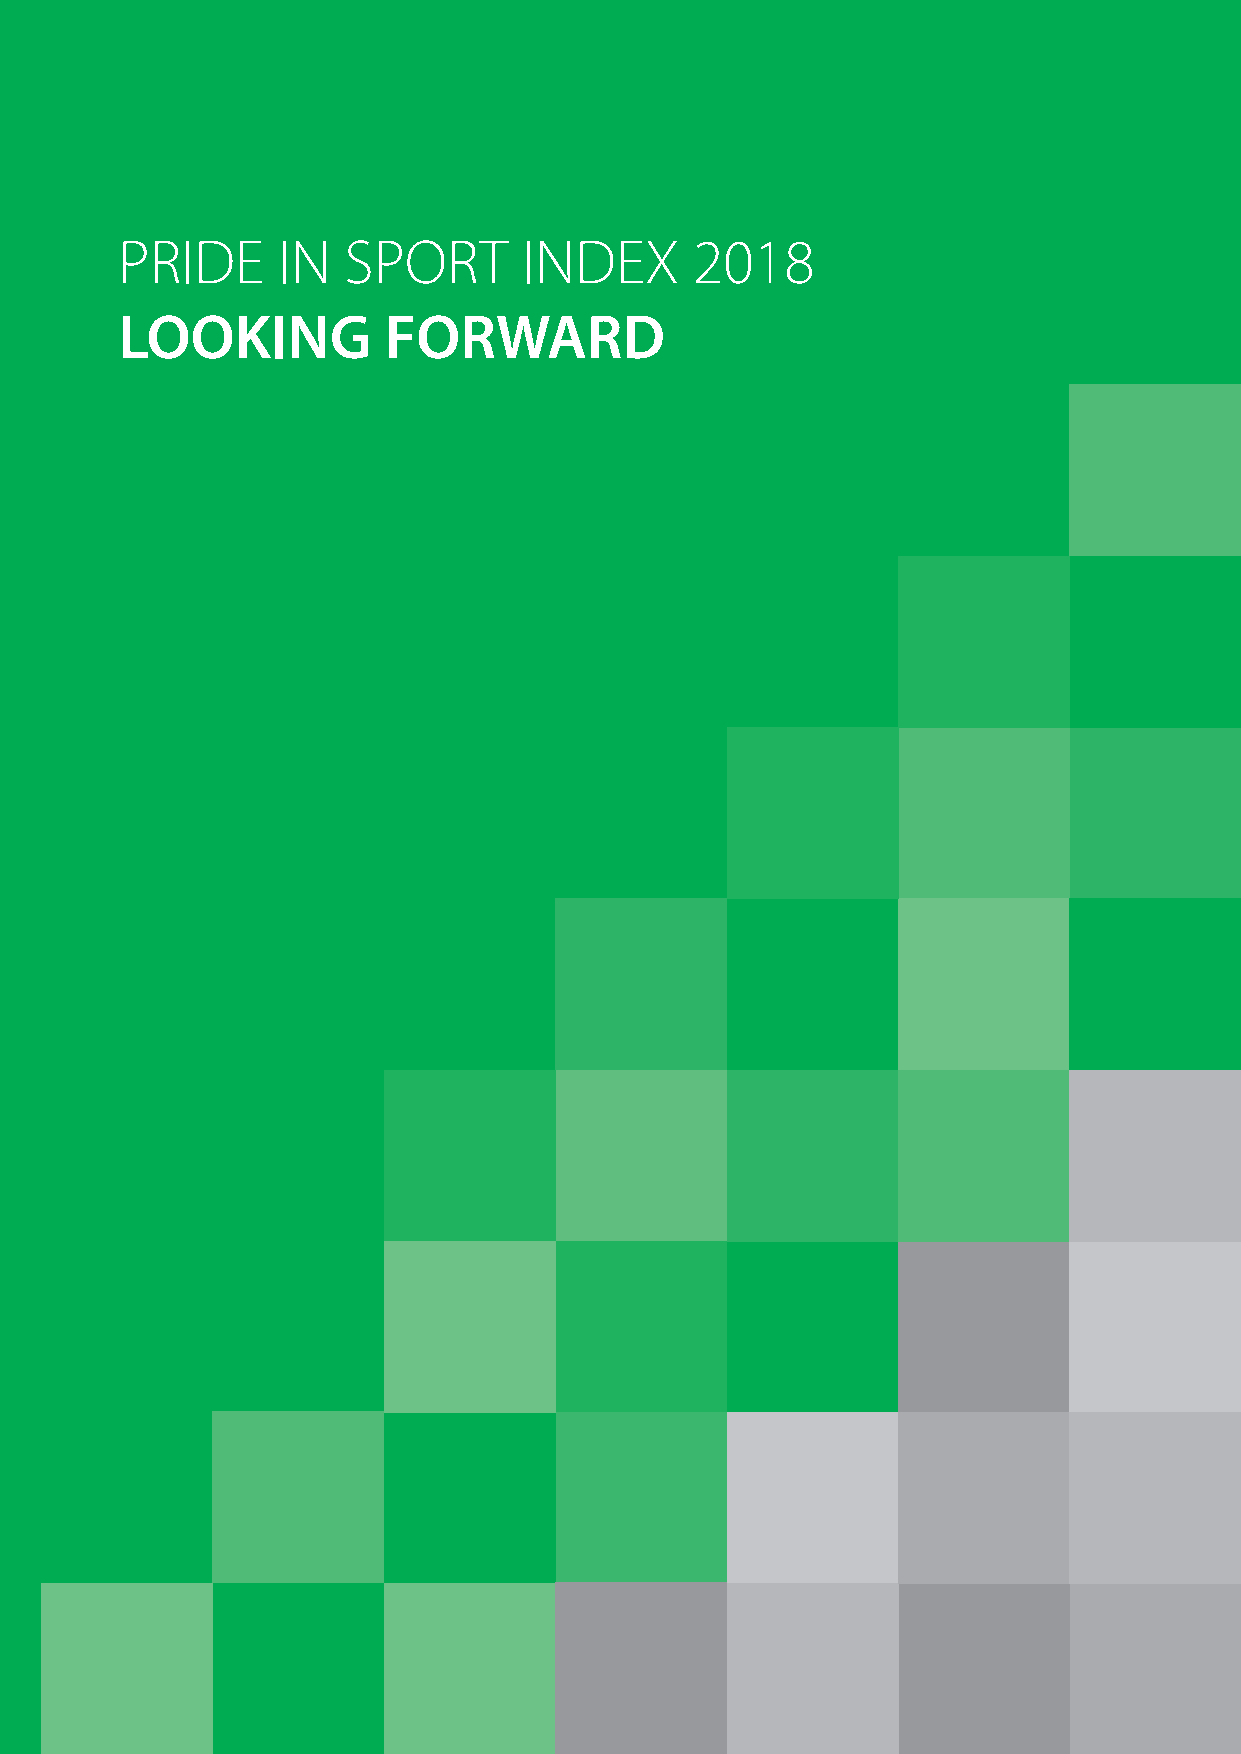
PRIDE     IN   SPORT       INDEX      2018
 LOOKING          FORWARD